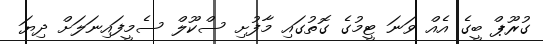
ގުރޫޕް ބީގެ އެއް ވަނަ ޓީމުގެ ގޮތުގައި މާފުށި ސްކޫލް ސެމީފައިނަލަށް ދިޔަ